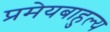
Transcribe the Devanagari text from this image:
प्रमेयबाहुल्य